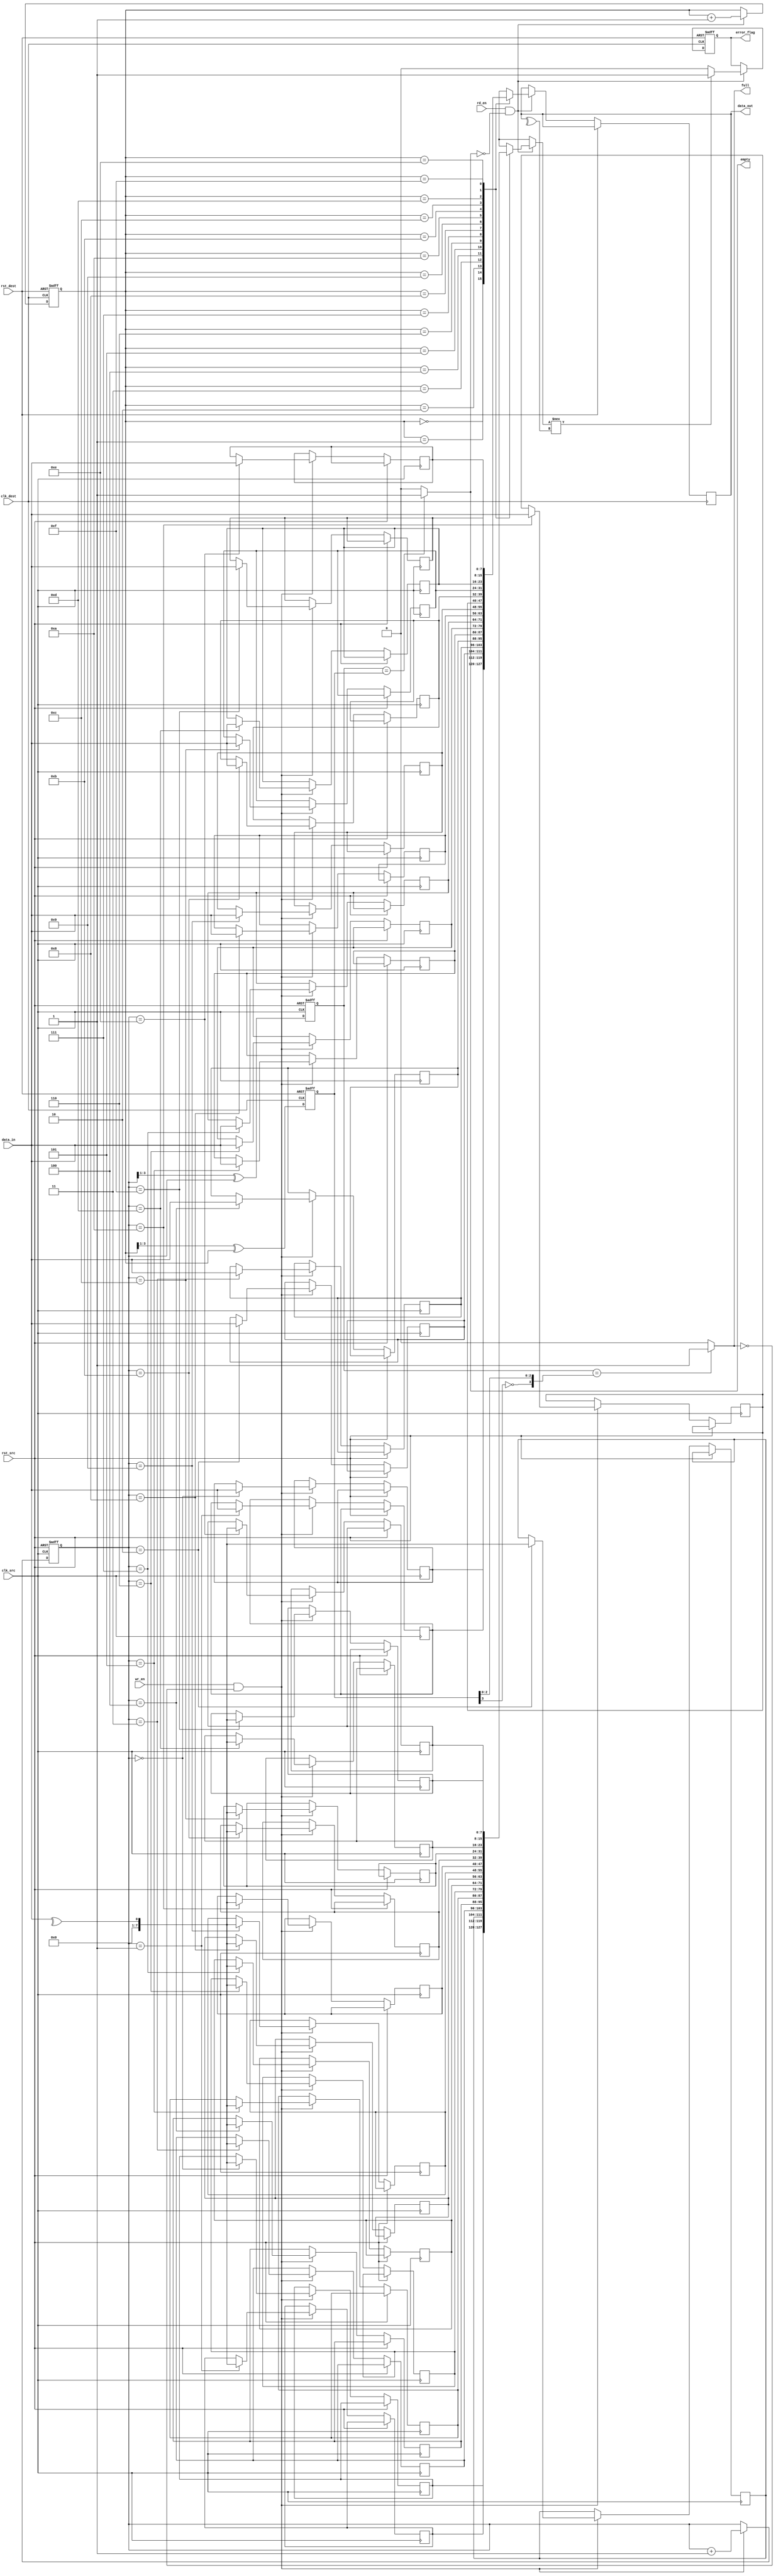
module dual_clock_fifo #(
    parameter DATA_WIDTH = 8,
    parameter FIFO_DEPTH = 16
)(
    input wire clk_src,               // Source clock
    input wire clk_dest,              // Destination clock
    input wire rst_src,               // Asynchronous reset for source clock
    input wire rst_dest,              // Asynchronous reset for destination clock
    input wire [DATA_WIDTH-1:0] data_in, // Data input
    input wire wr_en,                 // Write enable
    input wire rd_en,                 // Read enable
    output reg [DATA_WIDTH-1:0] data_out, // Data output
    output reg error_flag,            // Error flag
    output reg full,                  // FIFO full flag
    output reg empty                  // FIFO empty flag
);

    // FIFO memory
    reg [DATA_WIDTH-1:0] fifo_mem[FIFO_DEPTH-1:0];
    reg [DATA_WIDTH-1:0] parity_mem[FIFO_DEPTH-1:0];

    // Write pointers
    reg [3:0] wr_ptr;
    reg [3:0] wr_ptr_gray;

    // Read pointers
    reg [3:0] rd_ptr;
    reg [3:0] rd_ptr_gray;

    // Synchronization registers
    reg [3:0] wr_ptr_sync;
    reg [3:0] rd_ptr_sync;

    // Full and empty flags
    always @(*) begin
        full = (wr_ptr_gray[3:0] == {~rd_ptr_gray[3], rd_ptr_gray[2:0]}) ? 1'b1 : 1'b0;
        empty = (wr_ptr_gray[3:0] == rd_ptr_gray[3:0]) ? 1'b1 : 1'b0;
    end

    // Write Logic
    always @(posedge clk_src or posedge rst_src) begin
        if (rst_src) begin
            wr_ptr <= 0;
        end else if (wr_en && !full) begin
            fifo_mem[wr_ptr] <= data_in;
            parity_mem[wr_ptr] <= ^data_in; // Even parity generation
            wr_ptr <= wr_ptr + 1;
        end
    end

    // Read Logic
    always @(posedge clk_dest or posedge rst_dest) begin
        if (rst_dest) begin
            rd_ptr <= 0;
            error_flag <= 1'b0;
        end else if (rd_en && !empty) begin
            data_out <= fifo_mem[rd_ptr];
            if (parity_mem[rd_ptr] !== ^data_out) begin // Parity check
                error_flag <= 1'b1; // Set error flag if parity mismatch
            end else begin
                error_flag <= 1'b0;
            end
            rd_ptr <= rd_ptr + 1;
        end
    end

    // Gray code conversion for write pointer
    always @(posedge clk_src or posedge rst_src) begin
        if (rst_src) begin
            wr_ptr_gray <= 0;
        end else begin
            wr_ptr_gray <= (wr_ptr >> 1) ^ wr_ptr; // Convert to Gray code
        end
    end

    // Gray code conversion for read pointer
    always @(posedge clk_dest or posedge rst_dest) begin
        if (rst_dest) begin
            rd_ptr_gray <= 0;
        end else begin
            rd_ptr_gray <= (rd_ptr >> 1) ^ rd_ptr; // Convert to Gray code
        end
    end

    // Synchronize write pointer to destination clock domain
    always @(posedge clk_dest or posedge rst_dest) begin
        if (rst_dest) begin
            wr_ptr_sync <= 0;
        end else begin
            wr_ptr_sync <= wr_ptr_gray; // Synchronize write pointer
        end
    end

    // Synchronize read pointer to source clock domain
    always @(posedge clk_src or posedge rst_src) begin
        if (rst_src) begin
            rd_ptr_sync <= 0;
        end else begin
            rd_ptr_sync <= rd_ptr_gray; // Synchronize read pointer
        end
    end

endmodule